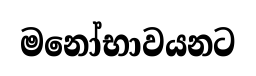
මනෝභාවයනට